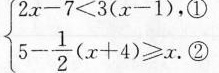
$$\begin {cases}